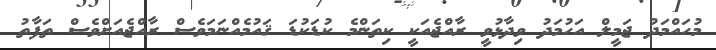
މުހައްމަދު ޖަމީލް އަހުމަދު ވިދާޅުވީ ރާއްޖެއަކީ ކިތަންމެ ކުޑަކުޑަ ޤައުމެއްނަމަވެސް ރާއްޖެއަށްވެސް ތަފާތު